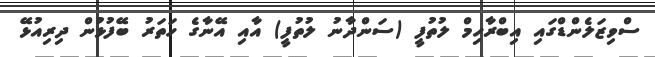
ސްވިޒަލެންޑްގައި އިބްރާހިމް ލުތުފީ (ސަންދާނު ލުތުފީ) އާއި އޭނާގެ ހަތަރު ބޭފުޅުން ދިރިއުޅޭ